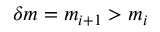
\delta m = m _ { i + 1 } > m _ { i }